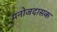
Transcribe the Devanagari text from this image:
मनोजदासक